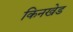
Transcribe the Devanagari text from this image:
किनखेड